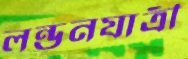
লন্ডনযাত্রী